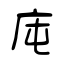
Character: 庉